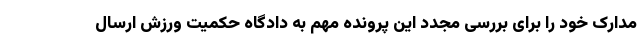
مدارک خود را برای بررسی مجدد این پرونده مهم به دادگاه حکمیت ورزش ارسال